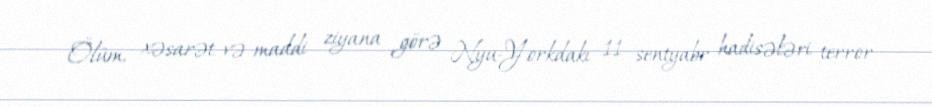
Ölüm, xəsarət və maddi ziyana görə Nyu-Yorkdakı 11 sentyabr hadisələri terror